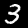
Digit: 3